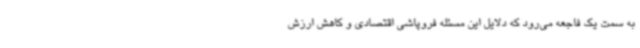
به سمت یک فاجعه می‌رود که دلایل این مسئله فروپاشی اقتصادی و کاهش ارزش